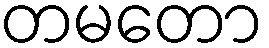
တမတော